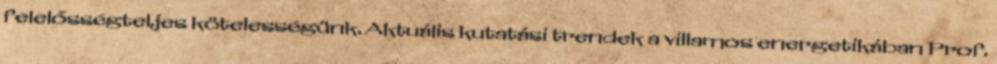
felelősségteljes kötelességünk. Aktuális kutatási trendek a villamos energetikában Prof.